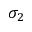
\sigma _ { 2 }